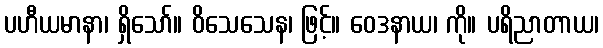
ပဟီယမာနာ၊ ရှိသော်။ ဝိသေသေန၊ ဖြင့်။ ဝေဒနာယ၊ ကို။ ပရိညာတာယ၊